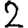
Digit: 2